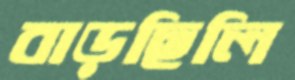
বাড়ছিলি